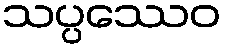
သပ္ပဿေဝ